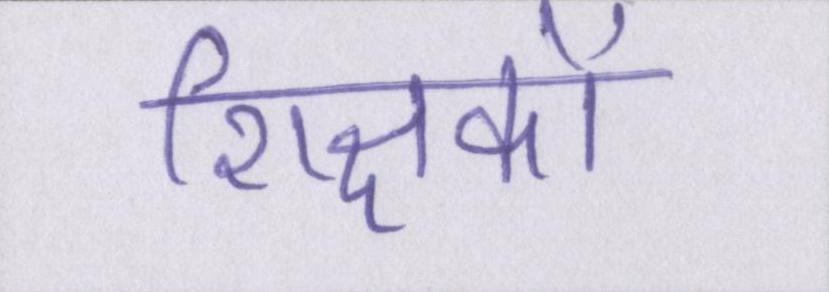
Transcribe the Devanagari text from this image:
शिक्षकों